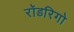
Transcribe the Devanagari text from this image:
रॉडरिगो